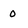
Character: o